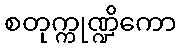
စတုက္ကုဏ္ဍိကော